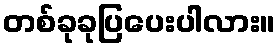
တစ်ခုခုပြပေးပါလား။